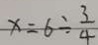
x = 6 \div \frac { 3 } { 4 }